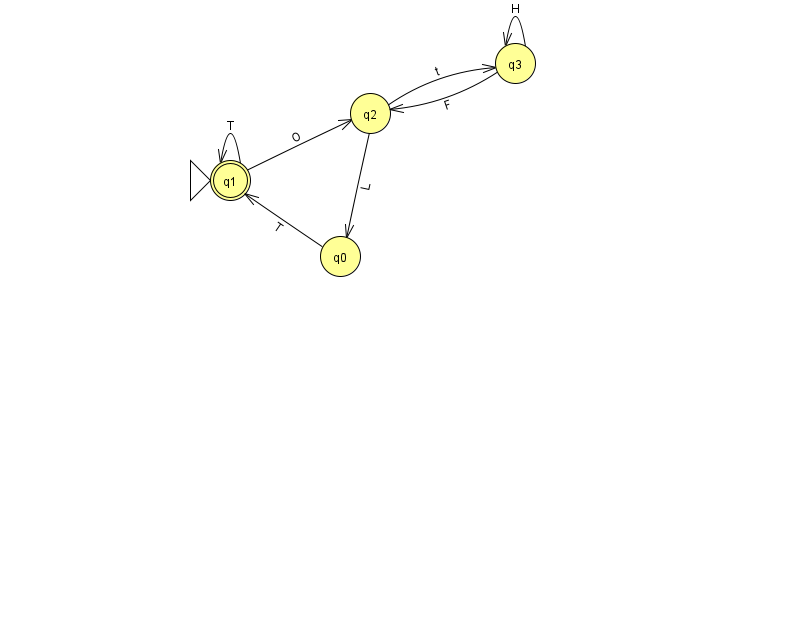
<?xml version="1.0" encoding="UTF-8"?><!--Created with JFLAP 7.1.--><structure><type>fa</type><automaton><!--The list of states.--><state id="0" name="q0"><x>340.0</x><y>243.0</y></state><state id="1" name="q1"><x>230.0</x><y>167.0</y><initial/><final/></state><state id="2" name="q2"><x>370.0</x><y>100.0</y></state><state id="3" name="q3"><x>515.0</x><y>50.0</y></state><!--The list of transitions.--><transition><from>0</from><to>1</to><read>T</read></transition><transition><from>1</from><to>1</to><read>T</read></transition><transition><from>3</from><to>3</to><read>H</read></transition><transition><from>2</from><to>0</to><read>L</read></transition><transition><from>1</from><to>2</to><read>O</read></transition><transition><from>3</from><to>2</to><read>F</read></transition><transition><from>2</from><to>3</to><read>t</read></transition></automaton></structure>